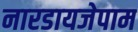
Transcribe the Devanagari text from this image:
नारडायजेपाम